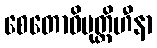
စေတောဝိမုတ္တိဟီနာ